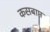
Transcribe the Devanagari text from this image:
कसबाप्त